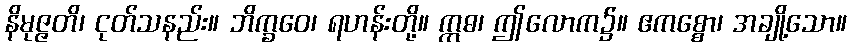
နိမုဇ္ဇတိ၊ ငုတ်သနည်း။ ဘိက္ခဝေ၊ ရဟန်းတို့။ ဣဓ၊ ဤလောက၌။ ဧကစ္စော၊ အချို့သော။